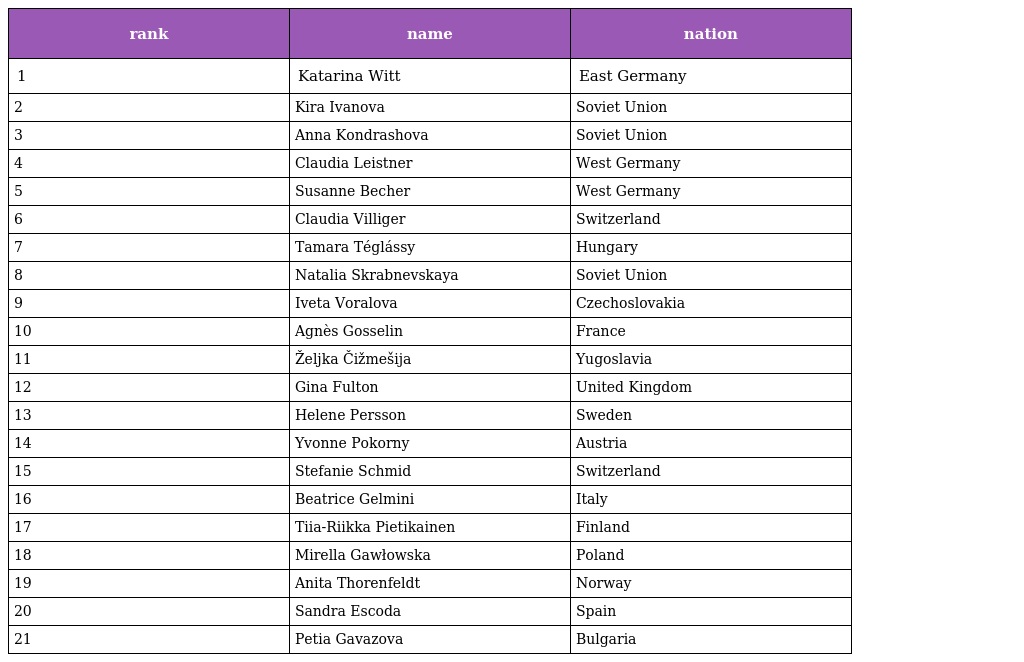
| rank | name | nation |
 | --- | --- | --- |
 | 1 | Katarina Witt | East Germany |
 | 2 | Kira Ivanova | Soviet Union |
 | 3 | Anna Kondrashova | Soviet Union |
 | 4 | Claudia Leistner | West Germany |
 | 5 | Susanne Becher | West Germany |
 | 6 | Claudia Villiger | Switzerland |
 | 7 | Tamara Téglássy | Hungary |
 | 8 | Natalia Skrabnevskaya | Soviet Union |
 | 9 | Iveta Voralova | Czechoslovakia |
 | 10 | Agnès Gosselin | France |
 | 11 | Željka Čižmešija | Yugoslavia |
 | 12 | Gina Fulton | United Kingdom |
 | 13 | Helene Persson | Sweden |
 | 14 | Yvonne Pokorny | Austria |
 | 15 | Stefanie Schmid | Switzerland |
 | 16 | Beatrice Gelmini | Italy |
 | 17 | Tiia-Riikka Pietikainen | Finland |
 | 18 | Mirella Gawłowska | Poland |
 | 19 | Anita Thorenfeldt | Norway |
 | 20 | Sandra Escoda | Spain |
 | 21 | Petia Gavazova | Bulgaria |